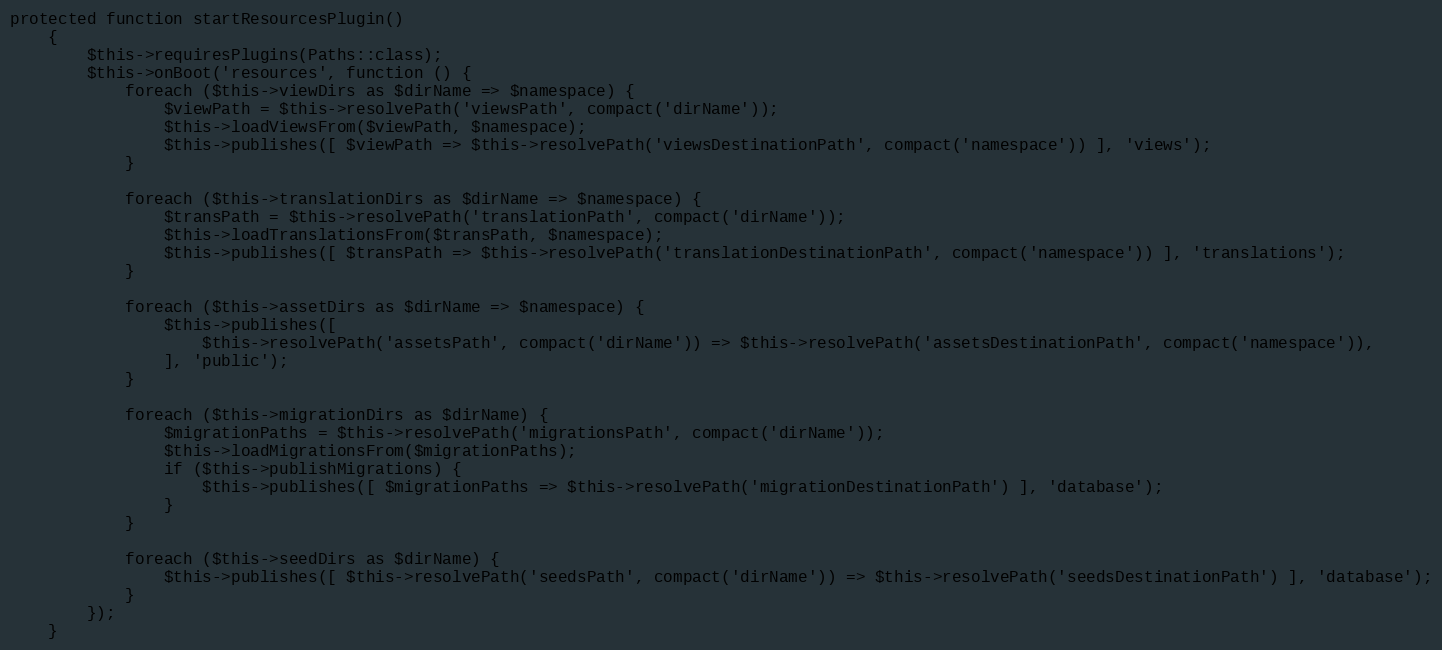
Language: PHP
protected function startResourcesPlugin()
    {
        $this->requiresPlugins(Paths::class);
        $this->onBoot('resources', function () {
            foreach ($this->viewDirs as $dirName => $namespace) {
                $viewPath = $this->resolvePath('viewsPath', compact('dirName'));
                $this->loadViewsFrom($viewPath, $namespace);
                $this->publishes([ $viewPath => $this->resolvePath('viewsDestinationPath', compact('namespace')) ], 'views');
            }

            foreach ($this->translationDirs as $dirName => $namespace) {
                $transPath = $this->resolvePath('translationPath', compact('dirName'));
                $this->loadTranslationsFrom($transPath, $namespace);
                $this->publishes([ $transPath => $this->resolvePath('translationDestinationPath', compact('namespace')) ], 'translations');
            }

            foreach ($this->assetDirs as $dirName => $namespace) {
                $this->publishes([
                    $this->resolvePath('assetsPath', compact('dirName')) => $this->resolvePath('assetsDestinationPath', compact('namespace')),
                ], 'public');
            }

            foreach ($this->migrationDirs as $dirName) {
                $migrationPaths = $this->resolvePath('migrationsPath', compact('dirName'));
                $this->loadMigrationsFrom($migrationPaths);
                if ($this->publishMigrations) {
                    $this->publishes([ $migrationPaths => $this->resolvePath('migrationDestinationPath') ], 'database');
                }
            }

            foreach ($this->seedDirs as $dirName) {
                $this->publishes([ $this->resolvePath('seedsPath', compact('dirName')) => $this->resolvePath('seedsDestinationPath') ], 'database');
            }
        });
    }